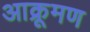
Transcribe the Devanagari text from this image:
आक्रूमण